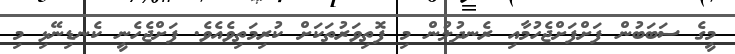
މީގެ ސަބަބުން ފަށްފަށްޖެހުމާއި ރެނދުލުން މި ފޮތިވަރުތަކަށް ކުރިމަތިވެއެވެ. ފަށްޖެހެނީ ކެނޑިނޭޅި މި